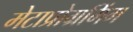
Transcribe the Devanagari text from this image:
मेटाप्रोग्रमिंग